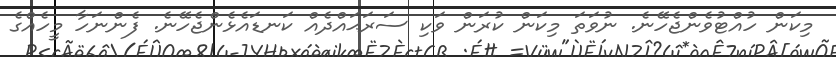
މިކަން ހުއްޓުވެންޖެހޭނެ. ނުވަތަ މިކަން ކުރަން ވަކި ސަރަޙައްދެއް ކަނޑައެޅެންޖެހޭނެ. ފެންނަހާ މީހެއްގެ